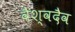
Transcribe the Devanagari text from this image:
वैश्वदैव